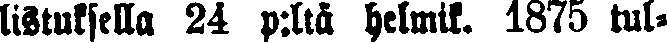
listuksella 24 p:ltä helmik. 1875 tul-